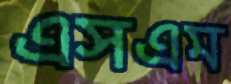
এসএম